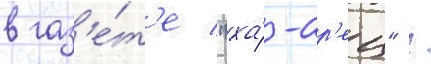
в газ'е́т'е "ха́-ар'ец" /